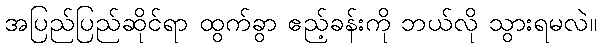
အပြည်ပြည်ဆိုင်ရာ ထွက်ခွာ ဧည့်ခန်းကို ဘယ်လို သွားရမလဲ။